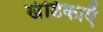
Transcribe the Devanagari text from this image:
खंडिकाएँ